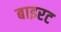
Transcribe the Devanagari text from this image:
बाइरट